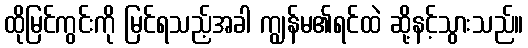
ထိုမြင်ကွင်းကို မြင်ရသည့်အခါ ကျွန်မ၏ရင်ထဲ ဆို့နင့်သွားသည်။